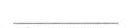
___